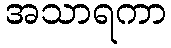
အသာရကာ